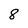
Character: 8